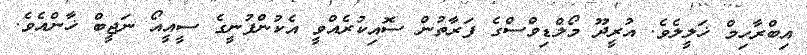
އިބްރާހިމް ޚަލީލެވެ. އުރީދޫ މޯލްޑިވްސްގެ ފަރާތުން ސޮއިކުރެއްވީ އެކުންފުނީގެ ސީއީއޯ ނަޖީބް ޚާންއެވެ.